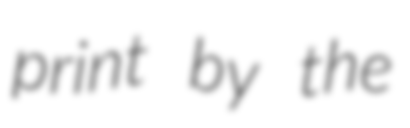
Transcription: print by the